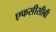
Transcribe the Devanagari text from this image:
एफसीसीबी